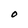
Character: O